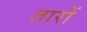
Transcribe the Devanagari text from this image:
तारों